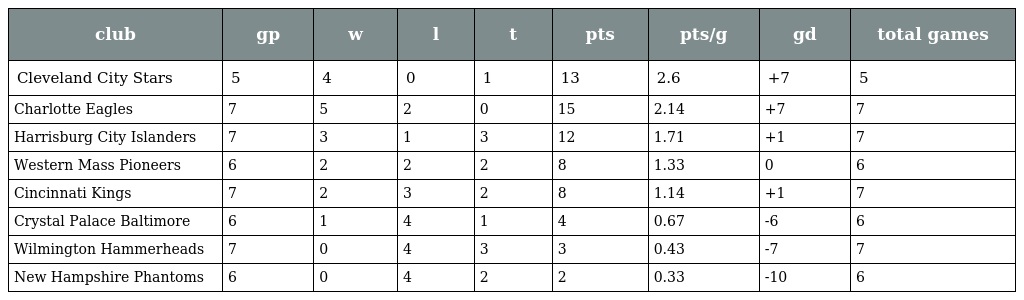
| club | gp | w | l | t | pts | pts/g | gd | total games |
 | --- | --- | --- | --- | --- | --- | --- | --- | --- |
 | Cleveland City Stars | 5 | 4 | 0 | 1 | 13 | 2.6 | +7 | 5 |
 | Charlotte Eagles | 7 | 5 | 2 | 0 | 15 | 2.14 | +7 | 7 |
 | Harrisburg City Islanders | 7 | 3 | 1 | 3 | 12 | 1.71 | +1 | 7 |
 | Western Mass Pioneers | 6 | 2 | 2 | 2 | 8 | 1.33 | 0 | 6 |
 | Cincinnati Kings | 7 | 2 | 3 | 2 | 8 | 1.14 | +1 | 7 |
 | Crystal Palace Baltimore | 6 | 1 | 4 | 1 | 4 | 0.67 | -6 | 6 |
 | Wilmington Hammerheads | 7 | 0 | 4 | 3 | 3 | 0.43 | -7 | 7 |
 | New Hampshire Phantoms | 6 | 0 | 4 | 2 | 2 | 0.33 | -10 | 6 |